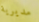
مديرية